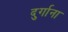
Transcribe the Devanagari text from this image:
दुर्गाना